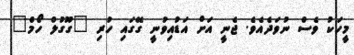
މީހަކު ވެސް ނުވަދެއެވެ. ޖެނީ އަށް އަޑުއިވުނީ ގޭގައި ހުރި "ގޫގުލް ހޯމް"